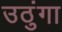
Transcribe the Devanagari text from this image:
उठुंगा